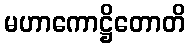
မဟာကောဋ္ဌိတောတိ